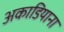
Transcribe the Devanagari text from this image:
अकाडियाना